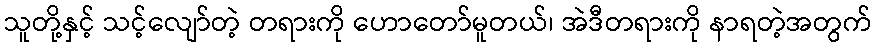
သူတို့နှင့် သင့်လျော်တဲ့ တရားကို ဟောတော်မူတယ်၊ အဲဒီတရားကို နာရတဲ့အတွက်